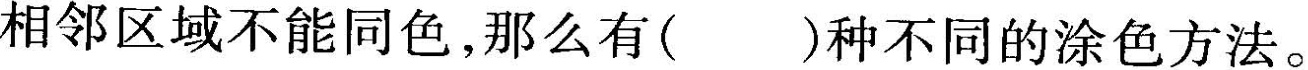
相邻区域不能同色，那么有()种不同的涂色方法。